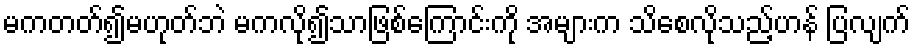
မကတတ်၍မဟုတ်ဘဲ မကလို၍သာဖြစ်ကြောင်းကို အများက သိစေလိုသည့်ဟန် ပြလျက်